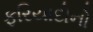
ફરિયાદોનો